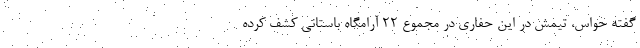
گفته حواس، تیمش در این حفاری در مجموع ۲۲ آرامگاه باستانی کشف کرده